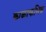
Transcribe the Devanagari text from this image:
काळाकभिन्न